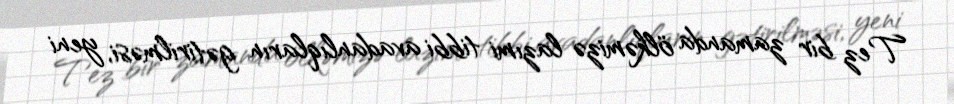
Tez bir zamanda ölkəmizə lazımi tibbi avadanlıqların gətirilməsi, yeni